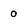
Character: 0